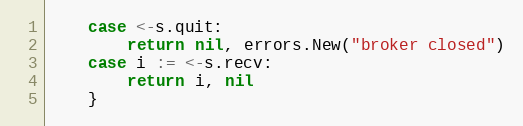
Language: Go
	case <-s.quit:
		return nil, errors.New("broker closed")
	case i := <-s.recv:
		return i, nil
	}